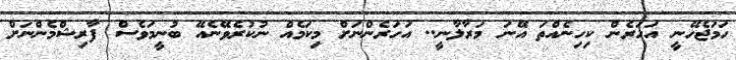
ހަމަޖެހޭނީ އަހަރެން ކިހިނެއްތަ އޭނަ މަރާލާނީ.. އަހަރެންނަށް މިކަމެއް ނުކުރެވޭނެއޭ ބުނީމަވެސް ފާރިޝްމެންނަށް